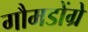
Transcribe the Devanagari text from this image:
गौमडोंग्रे